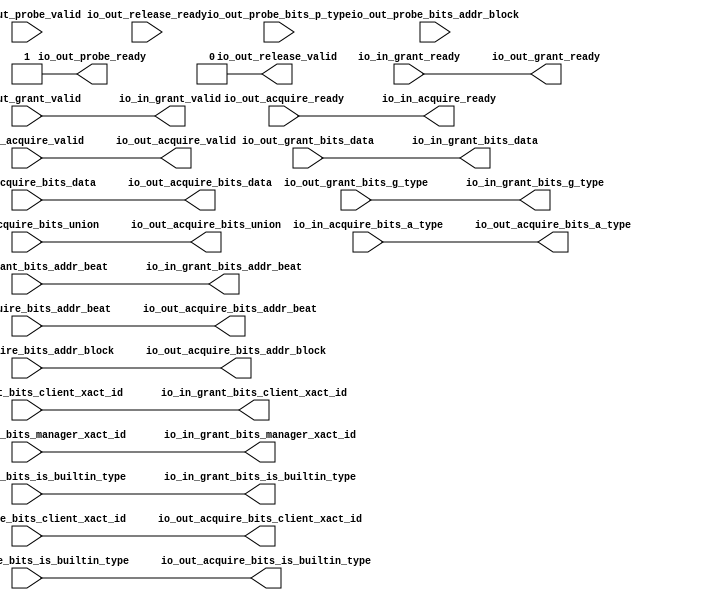
// This program was cloned from: https://github.com/NYU-MLDA/OpenABC
// License: BSD 3-Clause "New" or "Revised" License

module ClientTileLinkIOWrapper_0
(
  io_in_acquire_ready,
  io_in_acquire_valid,
  io_in_acquire_bits_addr_block,
  io_in_acquire_bits_client_xact_id,
  io_in_acquire_bits_addr_beat,
  io_in_acquire_bits_is_builtin_type,
  io_in_acquire_bits_a_type,
  io_in_acquire_bits_union,
  io_in_acquire_bits_data,
  io_in_grant_ready,
  io_in_grant_valid,
  io_in_grant_bits_addr_beat,
  io_in_grant_bits_client_xact_id,
  io_in_grant_bits_manager_xact_id,
  io_in_grant_bits_is_builtin_type,
  io_in_grant_bits_g_type,
  io_in_grant_bits_data,
  io_out_acquire_ready,
  io_out_acquire_valid,
  io_out_acquire_bits_addr_block,
  io_out_acquire_bits_client_xact_id,
  io_out_acquire_bits_addr_beat,
  io_out_acquire_bits_is_builtin_type,
  io_out_acquire_bits_a_type,
  io_out_acquire_bits_union,
  io_out_acquire_bits_data,
  io_out_grant_ready,
  io_out_grant_valid,
  io_out_grant_bits_addr_beat,
  io_out_grant_bits_client_xact_id,
  io_out_grant_bits_manager_xact_id,
  io_out_grant_bits_is_builtin_type,
  io_out_grant_bits_g_type,
  io_out_grant_bits_data,
  io_out_probe_ready,
  io_out_probe_valid,
  io_out_probe_bits_addr_block,
  io_out_probe_bits_p_type,
  io_out_release_ready,
  io_out_release_valid
);

  input [25:0] io_in_acquire_bits_addr_block;
  input [5:0] io_in_acquire_bits_client_xact_id;
  input [1:0] io_in_acquire_bits_addr_beat;
  input [2:0] io_in_acquire_bits_a_type;
  input [16:0] io_in_acquire_bits_union;
  input [127:0] io_in_acquire_bits_data;
  output [1:0] io_in_grant_bits_addr_beat;
  output [5:0] io_in_grant_bits_client_xact_id;
  output [3:0] io_in_grant_bits_manager_xact_id;
  output [3:0] io_in_grant_bits_g_type;
  output [127:0] io_in_grant_bits_data;
  output [25:0] io_out_acquire_bits_addr_block;
  output [5:0] io_out_acquire_bits_client_xact_id;
  output [1:0] io_out_acquire_bits_addr_beat;
  output [2:0] io_out_acquire_bits_a_type;
  output [16:0] io_out_acquire_bits_union;
  output [127:0] io_out_acquire_bits_data;
  input [1:0] io_out_grant_bits_addr_beat;
  input [5:0] io_out_grant_bits_client_xact_id;
  input [3:0] io_out_grant_bits_manager_xact_id;
  input [3:0] io_out_grant_bits_g_type;
  input [127:0] io_out_grant_bits_data;
  input [25:0] io_out_probe_bits_addr_block;
  input [1:0] io_out_probe_bits_p_type;
  input io_in_acquire_valid;
  input io_in_acquire_bits_is_builtin_type;
  input io_in_grant_ready;
  input io_out_acquire_ready;
  input io_out_grant_valid;
  input io_out_grant_bits_is_builtin_type;
  input io_out_probe_valid;
  input io_out_release_ready;
  output io_in_acquire_ready;
  output io_in_grant_valid;
  output io_in_grant_bits_is_builtin_type;
  output io_out_acquire_valid;
  output io_out_acquire_bits_is_builtin_type;
  output io_out_grant_ready;
  output io_out_probe_ready;
  output io_out_release_valid;
  wire [1:0] io_in_grant_bits_addr_beat,io_out_acquire_bits_addr_beat;
  wire [5:0] io_in_grant_bits_client_xact_id,io_out_acquire_bits_client_xact_id;
  wire [3:0] io_in_grant_bits_manager_xact_id,io_in_grant_bits_g_type;
  wire [127:0] io_in_grant_bits_data,io_out_acquire_bits_data;
  wire [25:0] io_out_acquire_bits_addr_block;
  wire [2:0] io_out_acquire_bits_a_type;
  wire [16:0] io_out_acquire_bits_union;
  wire io_in_acquire_ready,io_in_grant_valid,io_in_grant_bits_is_builtin_type,
  io_out_acquire_valid,io_out_acquire_bits_is_builtin_type,io_out_grant_ready,
  io_out_probe_ready,io_out_release_valid,io_out_acquire_ready,io_out_grant_valid,
  io_out_grant_bits_is_builtin_type,io_in_acquire_valid,io_in_acquire_bits_is_builtin_type,
  io_in_grant_ready;
  assign io_out_probe_ready = 1'b1;
  assign io_out_release_valid = 1'b0;
  assign io_in_acquire_ready = io_out_acquire_ready;
  assign io_in_grant_valid = io_out_grant_valid;
  assign io_in_grant_bits_addr_beat[1] = io_out_grant_bits_addr_beat[1];
  assign io_in_grant_bits_addr_beat[0] = io_out_grant_bits_addr_beat[0];
  assign io_in_grant_bits_client_xact_id[5] = io_out_grant_bits_client_xact_id[5];
  assign io_in_grant_bits_client_xact_id[4] = io_out_grant_bits_client_xact_id[4];
  assign io_in_grant_bits_client_xact_id[3] = io_out_grant_bits_client_xact_id[3];
  assign io_in_grant_bits_client_xact_id[2] = io_out_grant_bits_client_xact_id[2];
  assign io_in_grant_bits_client_xact_id[1] = io_out_grant_bits_client_xact_id[1];
  assign io_in_grant_bits_client_xact_id[0] = io_out_grant_bits_client_xact_id[0];
  assign io_in_grant_bits_manager_xact_id[3] = io_out_grant_bits_manager_xact_id[3];
  assign io_in_grant_bits_manager_xact_id[2] = io_out_grant_bits_manager_xact_id[2];
  assign io_in_grant_bits_manager_xact_id[1] = io_out_grant_bits_manager_xact_id[1];
  assign io_in_grant_bits_manager_xact_id[0] = io_out_grant_bits_manager_xact_id[0];
  assign io_in_grant_bits_is_builtin_type = io_out_grant_bits_is_builtin_type;
  assign io_in_grant_bits_g_type[3] = io_out_grant_bits_g_type[3];
  assign io_in_grant_bits_g_type[2] = io_out_grant_bits_g_type[2];
  assign io_in_grant_bits_g_type[1] = io_out_grant_bits_g_type[1];
  assign io_in_grant_bits_g_type[0] = io_out_grant_bits_g_type[0];
  assign io_in_grant_bits_data[127] = io_out_grant_bits_data[127];
  assign io_in_grant_bits_data[126] = io_out_grant_bits_data[126];
  assign io_in_grant_bits_data[125] = io_out_grant_bits_data[125];
  assign io_in_grant_bits_data[124] = io_out_grant_bits_data[124];
  assign io_in_grant_bits_data[123] = io_out_grant_bits_data[123];
  assign io_in_grant_bits_data[122] = io_out_grant_bits_data[122];
  assign io_in_grant_bits_data[121] = io_out_grant_bits_data[121];
  assign io_in_grant_bits_data[120] = io_out_grant_bits_data[120];
  assign io_in_grant_bits_data[119] = io_out_grant_bits_data[119];
  assign io_in_grant_bits_data[118] = io_out_grant_bits_data[118];
  assign io_in_grant_bits_data[117] = io_out_grant_bits_data[117];
  assign io_in_grant_bits_data[116] = io_out_grant_bits_data[116];
  assign io_in_grant_bits_data[115] = io_out_grant_bits_data[115];
  assign io_in_grant_bits_data[114] = io_out_grant_bits_data[114];
  assign io_in_grant_bits_data[113] = io_out_grant_bits_data[113];
  assign io_in_grant_bits_data[112] = io_out_grant_bits_data[112];
  assign io_in_grant_bits_data[111] = io_out_grant_bits_data[111];
  assign io_in_grant_bits_data[110] = io_out_grant_bits_data[110];
  assign io_in_grant_bits_data[109] = io_out_grant_bits_data[109];
  assign io_in_grant_bits_data[108] = io_out_grant_bits_data[108];
  assign io_in_grant_bits_data[107] = io_out_grant_bits_data[107];
  assign io_in_grant_bits_data[106] = io_out_grant_bits_data[106];
  assign io_in_grant_bits_data[105] = io_out_grant_bits_data[105];
  assign io_in_grant_bits_data[104] = io_out_grant_bits_data[104];
  assign io_in_grant_bits_data[103] = io_out_grant_bits_data[103];
  assign io_in_grant_bits_data[102] = io_out_grant_bits_data[102];
  assign io_in_grant_bits_data[101] = io_out_grant_bits_data[101];
  assign io_in_grant_bits_data[100] = io_out_grant_bits_data[100];
  assign io_in_grant_bits_data[99] = io_out_grant_bits_data[99];
  assign io_in_grant_bits_data[98] = io_out_grant_bits_data[98];
  assign io_in_grant_bits_data[97] = io_out_grant_bits_data[97];
  assign io_in_grant_bits_data[96] = io_out_grant_bits_data[96];
  assign io_in_grant_bits_data[95] = io_out_grant_bits_data[95];
  assign io_in_grant_bits_data[94] = io_out_grant_bits_data[94];
  assign io_in_grant_bits_data[93] = io_out_grant_bits_data[93];
  assign io_in_grant_bits_data[92] = io_out_grant_bits_data[92];
  assign io_in_grant_bits_data[91] = io_out_grant_bits_data[91];
  assign io_in_grant_bits_data[90] = io_out_grant_bits_data[90];
  assign io_in_grant_bits_data[89] = io_out_grant_bits_data[89];
  assign io_in_grant_bits_data[88] = io_out_grant_bits_data[88];
  assign io_in_grant_bits_data[87] = io_out_grant_bits_data[87];
  assign io_in_grant_bits_data[86] = io_out_grant_bits_data[86];
  assign io_in_grant_bits_data[85] = io_out_grant_bits_data[85];
  assign io_in_grant_bits_data[84] = io_out_grant_bits_data[84];
  assign io_in_grant_bits_data[83] = io_out_grant_bits_data[83];
  assign io_in_grant_bits_data[82] = io_out_grant_bits_data[82];
  assign io_in_grant_bits_data[81] = io_out_grant_bits_data[81];
  assign io_in_grant_bits_data[80] = io_out_grant_bits_data[80];
  assign io_in_grant_bits_data[79] = io_out_grant_bits_data[79];
  assign io_in_grant_bits_data[78] = io_out_grant_bits_data[78];
  assign io_in_grant_bits_data[77] = io_out_grant_bits_data[77];
  assign io_in_grant_bits_data[76] = io_out_grant_bits_data[76];
  assign io_in_grant_bits_data[75] = io_out_grant_bits_data[75];
  assign io_in_grant_bits_data[74] = io_out_grant_bits_data[74];
  assign io_in_grant_bits_data[73] = io_out_grant_bits_data[73];
  assign io_in_grant_bits_data[72] = io_out_grant_bits_data[72];
  assign io_in_grant_bits_data[71] = io_out_grant_bits_data[71];
  assign io_in_grant_bits_data[70] = io_out_grant_bits_data[70];
  assign io_in_grant_bits_data[69] = io_out_grant_bits_data[69];
  assign io_in_grant_bits_data[68] = io_out_grant_bits_data[68];
  assign io_in_grant_bits_data[67] = io_out_grant_bits_data[67];
  assign io_in_grant_bits_data[66] = io_out_grant_bits_data[66];
  assign io_in_grant_bits_data[65] = io_out_grant_bits_data[65];
  assign io_in_grant_bits_data[64] = io_out_grant_bits_data[64];
  assign io_in_grant_bits_data[63] = io_out_grant_bits_data[63];
  assign io_in_grant_bits_data[62] = io_out_grant_bits_data[62];
  assign io_in_grant_bits_data[61] = io_out_grant_bits_data[61];
  assign io_in_grant_bits_data[60] = io_out_grant_bits_data[60];
  assign io_in_grant_bits_data[59] = io_out_grant_bits_data[59];
  assign io_in_grant_bits_data[58] = io_out_grant_bits_data[58];
  assign io_in_grant_bits_data[57] = io_out_grant_bits_data[57];
  assign io_in_grant_bits_data[56] = io_out_grant_bits_data[56];
  assign io_in_grant_bits_data[55] = io_out_grant_bits_data[55];
  assign io_in_grant_bits_data[54] = io_out_grant_bits_data[54];
  assign io_in_grant_bits_data[53] = io_out_grant_bits_data[53];
  assign io_in_grant_bits_data[52] = io_out_grant_bits_data[52];
  assign io_in_grant_bits_data[51] = io_out_grant_bits_data[51];
  assign io_in_grant_bits_data[50] = io_out_grant_bits_data[50];
  assign io_in_grant_bits_data[49] = io_out_grant_bits_data[49];
  assign io_in_grant_bits_data[48] = io_out_grant_bits_data[48];
  assign io_in_grant_bits_data[47] = io_out_grant_bits_data[47];
  assign io_in_grant_bits_data[46] = io_out_grant_bits_data[46];
  assign io_in_grant_bits_data[45] = io_out_grant_bits_data[45];
  assign io_in_grant_bits_data[44] = io_out_grant_bits_data[44];
  assign io_in_grant_bits_data[43] = io_out_grant_bits_data[43];
  assign io_in_grant_bits_data[42] = io_out_grant_bits_data[42];
  assign io_in_grant_bits_data[41] = io_out_grant_bits_data[41];
  assign io_in_grant_bits_data[40] = io_out_grant_bits_data[40];
  assign io_in_grant_bits_data[39] = io_out_grant_bits_data[39];
  assign io_in_grant_bits_data[38] = io_out_grant_bits_data[38];
  assign io_in_grant_bits_data[37] = io_out_grant_bits_data[37];
  assign io_in_grant_bits_data[36] = io_out_grant_bits_data[36];
  assign io_in_grant_bits_data[35] = io_out_grant_bits_data[35];
  assign io_in_grant_bits_data[34] = io_out_grant_bits_data[34];
  assign io_in_grant_bits_data[33] = io_out_grant_bits_data[33];
  assign io_in_grant_bits_data[32] = io_out_grant_bits_data[32];
  assign io_in_grant_bits_data[31] = io_out_grant_bits_data[31];
  assign io_in_grant_bits_data[30] = io_out_grant_bits_data[30];
  assign io_in_grant_bits_data[29] = io_out_grant_bits_data[29];
  assign io_in_grant_bits_data[28] = io_out_grant_bits_data[28];
  assign io_in_grant_bits_data[27] = io_out_grant_bits_data[27];
  assign io_in_grant_bits_data[26] = io_out_grant_bits_data[26];
  assign io_in_grant_bits_data[25] = io_out_grant_bits_data[25];
  assign io_in_grant_bits_data[24] = io_out_grant_bits_data[24];
  assign io_in_grant_bits_data[23] = io_out_grant_bits_data[23];
  assign io_in_grant_bits_data[22] = io_out_grant_bits_data[22];
  assign io_in_grant_bits_data[21] = io_out_grant_bits_data[21];
  assign io_in_grant_bits_data[20] = io_out_grant_bits_data[20];
  assign io_in_grant_bits_data[19] = io_out_grant_bits_data[19];
  assign io_in_grant_bits_data[18] = io_out_grant_bits_data[18];
  assign io_in_grant_bits_data[17] = io_out_grant_bits_data[17];
  assign io_in_grant_bits_data[16] = io_out_grant_bits_data[16];
  assign io_in_grant_bits_data[15] = io_out_grant_bits_data[15];
  assign io_in_grant_bits_data[14] = io_out_grant_bits_data[14];
  assign io_in_grant_bits_data[13] = io_out_grant_bits_data[13];
  assign io_in_grant_bits_data[12] = io_out_grant_bits_data[12];
  assign io_in_grant_bits_data[11] = io_out_grant_bits_data[11];
  assign io_in_grant_bits_data[10] = io_out_grant_bits_data[10];
  assign io_in_grant_bits_data[9] = io_out_grant_bits_data[9];
  assign io_in_grant_bits_data[8] = io_out_grant_bits_data[8];
  assign io_in_grant_bits_data[7] = io_out_grant_bits_data[7];
  assign io_in_grant_bits_data[6] = io_out_grant_bits_data[6];
  assign io_in_grant_bits_data[5] = io_out_grant_bits_data[5];
  assign io_in_grant_bits_data[4] = io_out_grant_bits_data[4];
  assign io_in_grant_bits_data[3] = io_out_grant_bits_data[3];
  assign io_in_grant_bits_data[2] = io_out_grant_bits_data[2];
  assign io_in_grant_bits_data[1] = io_out_grant_bits_data[1];
  assign io_in_grant_bits_data[0] = io_out_grant_bits_data[0];
  assign io_out_acquire_valid = io_in_acquire_valid;
  assign io_out_acquire_bits_addr_block[25] = io_in_acquire_bits_addr_block[25];
  assign io_out_acquire_bits_addr_block[24] = io_in_acquire_bits_addr_block[24];
  assign io_out_acquire_bits_addr_block[23] = io_in_acquire_bits_addr_block[23];
  assign io_out_acquire_bits_addr_block[22] = io_in_acquire_bits_addr_block[22];
  assign io_out_acquire_bits_addr_block[21] = io_in_acquire_bits_addr_block[21];
  assign io_out_acquire_bits_addr_block[20] = io_in_acquire_bits_addr_block[20];
  assign io_out_acquire_bits_addr_block[19] = io_in_acquire_bits_addr_block[19];
  assign io_out_acquire_bits_addr_block[18] = io_in_acquire_bits_addr_block[18];
  assign io_out_acquire_bits_addr_block[17] = io_in_acquire_bits_addr_block[17];
  assign io_out_acquire_bits_addr_block[16] = io_in_acquire_bits_addr_block[16];
  assign io_out_acquire_bits_addr_block[15] = io_in_acquire_bits_addr_block[15];
  assign io_out_acquire_bits_addr_block[14] = io_in_acquire_bits_addr_block[14];
  assign io_out_acquire_bits_addr_block[13] = io_in_acquire_bits_addr_block[13];
  assign io_out_acquire_bits_addr_block[12] = io_in_acquire_bits_addr_block[12];
  assign io_out_acquire_bits_addr_block[11] = io_in_acquire_bits_addr_block[11];
  assign io_out_acquire_bits_addr_block[10] = io_in_acquire_bits_addr_block[10];
  assign io_out_acquire_bits_addr_block[9] = io_in_acquire_bits_addr_block[9];
  assign io_out_acquire_bits_addr_block[8] = io_in_acquire_bits_addr_block[8];
  assign io_out_acquire_bits_addr_block[7] = io_in_acquire_bits_addr_block[7];
  assign io_out_acquire_bits_addr_block[6] = io_in_acquire_bits_addr_block[6];
  assign io_out_acquire_bits_addr_block[5] = io_in_acquire_bits_addr_block[5];
  assign io_out_acquire_bits_addr_block[4] = io_in_acquire_bits_addr_block[4];
  assign io_out_acquire_bits_addr_block[3] = io_in_acquire_bits_addr_block[3];
  assign io_out_acquire_bits_addr_block[2] = io_in_acquire_bits_addr_block[2];
  assign io_out_acquire_bits_addr_block[1] = io_in_acquire_bits_addr_block[1];
  assign io_out_acquire_bits_addr_block[0] = io_in_acquire_bits_addr_block[0];
  assign io_out_acquire_bits_client_xact_id[5] = io_in_acquire_bits_client_xact_id[5];
  assign io_out_acquire_bits_client_xact_id[4] = io_in_acquire_bits_client_xact_id[4];
  assign io_out_acquire_bits_client_xact_id[3] = io_in_acquire_bits_client_xact_id[3];
  assign io_out_acquire_bits_client_xact_id[2] = io_in_acquire_bits_client_xact_id[2];
  assign io_out_acquire_bits_client_xact_id[1] = io_in_acquire_bits_client_xact_id[1];
  assign io_out_acquire_bits_client_xact_id[0] = io_in_acquire_bits_client_xact_id[0];
  assign io_out_acquire_bits_addr_beat[1] = io_in_acquire_bits_addr_beat[1];
  assign io_out_acquire_bits_addr_beat[0] = io_in_acquire_bits_addr_beat[0];
  assign io_out_acquire_bits_is_builtin_type = io_in_acquire_bits_is_builtin_type;
  assign io_out_acquire_bits_a_type[2] = io_in_acquire_bits_a_type[2];
  assign io_out_acquire_bits_a_type[1] = io_in_acquire_bits_a_type[1];
  assign io_out_acquire_bits_a_type[0] = io_in_acquire_bits_a_type[0];
  assign io_out_acquire_bits_union[16] = io_in_acquire_bits_union[16];
  assign io_out_acquire_bits_union[15] = io_in_acquire_bits_union[15];
  assign io_out_acquire_bits_union[14] = io_in_acquire_bits_union[14];
  assign io_out_acquire_bits_union[13] = io_in_acquire_bits_union[13];
  assign io_out_acquire_bits_union[12] = io_in_acquire_bits_union[12];
  assign io_out_acquire_bits_union[11] = io_in_acquire_bits_union[11];
  assign io_out_acquire_bits_union[10] = io_in_acquire_bits_union[10];
  assign io_out_acquire_bits_union[9] = io_in_acquire_bits_union[9];
  assign io_out_acquire_bits_union[8] = io_in_acquire_bits_union[8];
  assign io_out_acquire_bits_union[7] = io_in_acquire_bits_union[7];
  assign io_out_acquire_bits_union[6] = io_in_acquire_bits_union[6];
  assign io_out_acquire_bits_union[5] = io_in_acquire_bits_union[5];
  assign io_out_acquire_bits_union[4] = io_in_acquire_bits_union[4];
  assign io_out_acquire_bits_union[3] = io_in_acquire_bits_union[3];
  assign io_out_acquire_bits_union[2] = io_in_acquire_bits_union[2];
  assign io_out_acquire_bits_union[1] = io_in_acquire_bits_union[1];
  assign io_out_acquire_bits_union[0] = io_in_acquire_bits_union[0];
  assign io_out_acquire_bits_data[127] = io_in_acquire_bits_data[127];
  assign io_out_acquire_bits_data[126] = io_in_acquire_bits_data[126];
  assign io_out_acquire_bits_data[125] = io_in_acquire_bits_data[125];
  assign io_out_acquire_bits_data[124] = io_in_acquire_bits_data[124];
  assign io_out_acquire_bits_data[123] = io_in_acquire_bits_data[123];
  assign io_out_acquire_bits_data[122] = io_in_acquire_bits_data[122];
  assign io_out_acquire_bits_data[121] = io_in_acquire_bits_data[121];
  assign io_out_acquire_bits_data[120] = io_in_acquire_bits_data[120];
  assign io_out_acquire_bits_data[119] = io_in_acquire_bits_data[119];
  assign io_out_acquire_bits_data[118] = io_in_acquire_bits_data[118];
  assign io_out_acquire_bits_data[117] = io_in_acquire_bits_data[117];
  assign io_out_acquire_bits_data[116] = io_in_acquire_bits_data[116];
  assign io_out_acquire_bits_data[115] = io_in_acquire_bits_data[115];
  assign io_out_acquire_bits_data[114] = io_in_acquire_bits_data[114];
  assign io_out_acquire_bits_data[113] = io_in_acquire_bits_data[113];
  assign io_out_acquire_bits_data[112] = io_in_acquire_bits_data[112];
  assign io_out_acquire_bits_data[111] = io_in_acquire_bits_data[111];
  assign io_out_acquire_bits_data[110] = io_in_acquire_bits_data[110];
  assign io_out_acquire_bits_data[109] = io_in_acquire_bits_data[109];
  assign io_out_acquire_bits_data[108] = io_in_acquire_bits_data[108];
  assign io_out_acquire_bits_data[107] = io_in_acquire_bits_data[107];
  assign io_out_acquire_bits_data[106] = io_in_acquire_bits_data[106];
  assign io_out_acquire_bits_data[105] = io_in_acquire_bits_data[105];
  assign io_out_acquire_bits_data[104] = io_in_acquire_bits_data[104];
  assign io_out_acquire_bits_data[103] = io_in_acquire_bits_data[103];
  assign io_out_acquire_bits_data[102] = io_in_acquire_bits_data[102];
  assign io_out_acquire_bits_data[101] = io_in_acquire_bits_data[101];
  assign io_out_acquire_bits_data[100] = io_in_acquire_bits_data[100];
  assign io_out_acquire_bits_data[99] = io_in_acquire_bits_data[99];
  assign io_out_acquire_bits_data[98] = io_in_acquire_bits_data[98];
  assign io_out_acquire_bits_data[97] = io_in_acquire_bits_data[97];
  assign io_out_acquire_bits_data[96] = io_in_acquire_bits_data[96];
  assign io_out_acquire_bits_data[95] = io_in_acquire_bits_data[95];
  assign io_out_acquire_bits_data[94] = io_in_acquire_bits_data[94];
  assign io_out_acquire_bits_data[93] = io_in_acquire_bits_data[93];
  assign io_out_acquire_bits_data[92] = io_in_acquire_bits_data[92];
  assign io_out_acquire_bits_data[91] = io_in_acquire_bits_data[91];
  assign io_out_acquire_bits_data[90] = io_in_acquire_bits_data[90];
  assign io_out_acquire_bits_data[89] = io_in_acquire_bits_data[89];
  assign io_out_acquire_bits_data[88] = io_in_acquire_bits_data[88];
  assign io_out_acquire_bits_data[87] = io_in_acquire_bits_data[87];
  assign io_out_acquire_bits_data[86] = io_in_acquire_bits_data[86];
  assign io_out_acquire_bits_data[85] = io_in_acquire_bits_data[85];
  assign io_out_acquire_bits_data[84] = io_in_acquire_bits_data[84];
  assign io_out_acquire_bits_data[83] = io_in_acquire_bits_data[83];
  assign io_out_acquire_bits_data[82] = io_in_acquire_bits_data[82];
  assign io_out_acquire_bits_data[81] = io_in_acquire_bits_data[81];
  assign io_out_acquire_bits_data[80] = io_in_acquire_bits_data[80];
  assign io_out_acquire_bits_data[79] = io_in_acquire_bits_data[79];
  assign io_out_acquire_bits_data[78] = io_in_acquire_bits_data[78];
  assign io_out_acquire_bits_data[77] = io_in_acquire_bits_data[77];
  assign io_out_acquire_bits_data[76] = io_in_acquire_bits_data[76];
  assign io_out_acquire_bits_data[75] = io_in_acquire_bits_data[75];
  assign io_out_acquire_bits_data[74] = io_in_acquire_bits_data[74];
  assign io_out_acquire_bits_data[73] = io_in_acquire_bits_data[73];
  assign io_out_acquire_bits_data[72] = io_in_acquire_bits_data[72];
  assign io_out_acquire_bits_data[71] = io_in_acquire_bits_data[71];
  assign io_out_acquire_bits_data[70] = io_in_acquire_bits_data[70];
  assign io_out_acquire_bits_data[69] = io_in_acquire_bits_data[69];
  assign io_out_acquire_bits_data[68] = io_in_acquire_bits_data[68];
  assign io_out_acquire_bits_data[67] = io_in_acquire_bits_data[67];
  assign io_out_acquire_bits_data[66] = io_in_acquire_bits_data[66];
  assign io_out_acquire_bits_data[65] = io_in_acquire_bits_data[65];
  assign io_out_acquire_bits_data[64] = io_in_acquire_bits_data[64];
  assign io_out_acquire_bits_data[63] = io_in_acquire_bits_data[63];
  assign io_out_acquire_bits_data[62] = io_in_acquire_bits_data[62];
  assign io_out_acquire_bits_data[61] = io_in_acquire_bits_data[61];
  assign io_out_acquire_bits_data[60] = io_in_acquire_bits_data[60];
  assign io_out_acquire_bits_data[59] = io_in_acquire_bits_data[59];
  assign io_out_acquire_bits_data[58] = io_in_acquire_bits_data[58];
  assign io_out_acquire_bits_data[57] = io_in_acquire_bits_data[57];
  assign io_out_acquire_bits_data[56] = io_in_acquire_bits_data[56];
  assign io_out_acquire_bits_data[55] = io_in_acquire_bits_data[55];
  assign io_out_acquire_bits_data[54] = io_in_acquire_bits_data[54];
  assign io_out_acquire_bits_data[53] = io_in_acquire_bits_data[53];
  assign io_out_acquire_bits_data[52] = io_in_acquire_bits_data[52];
  assign io_out_acquire_bits_data[51] = io_in_acquire_bits_data[51];
  assign io_out_acquire_bits_data[50] = io_in_acquire_bits_data[50];
  assign io_out_acquire_bits_data[49] = io_in_acquire_bits_data[49];
  assign io_out_acquire_bits_data[48] = io_in_acquire_bits_data[48];
  assign io_out_acquire_bits_data[47] = io_in_acquire_bits_data[47];
  assign io_out_acquire_bits_data[46] = io_in_acquire_bits_data[46];
  assign io_out_acquire_bits_data[45] = io_in_acquire_bits_data[45];
  assign io_out_acquire_bits_data[44] = io_in_acquire_bits_data[44];
  assign io_out_acquire_bits_data[43] = io_in_acquire_bits_data[43];
  assign io_out_acquire_bits_data[42] = io_in_acquire_bits_data[42];
  assign io_out_acquire_bits_data[41] = io_in_acquire_bits_data[41];
  assign io_out_acquire_bits_data[40] = io_in_acquire_bits_data[40];
  assign io_out_acquire_bits_data[39] = io_in_acquire_bits_data[39];
  assign io_out_acquire_bits_data[38] = io_in_acquire_bits_data[38];
  assign io_out_acquire_bits_data[37] = io_in_acquire_bits_data[37];
  assign io_out_acquire_bits_data[36] = io_in_acquire_bits_data[36];
  assign io_out_acquire_bits_data[35] = io_in_acquire_bits_data[35];
  assign io_out_acquire_bits_data[34] = io_in_acquire_bits_data[34];
  assign io_out_acquire_bits_data[33] = io_in_acquire_bits_data[33];
  assign io_out_acquire_bits_data[32] = io_in_acquire_bits_data[32];
  assign io_out_acquire_bits_data[31] = io_in_acquire_bits_data[31];
  assign io_out_acquire_bits_data[30] = io_in_acquire_bits_data[30];
  assign io_out_acquire_bits_data[29] = io_in_acquire_bits_data[29];
  assign io_out_acquire_bits_data[28] = io_in_acquire_bits_data[28];
  assign io_out_acquire_bits_data[27] = io_in_acquire_bits_data[27];
  assign io_out_acquire_bits_data[26] = io_in_acquire_bits_data[26];
  assign io_out_acquire_bits_data[25] = io_in_acquire_bits_data[25];
  assign io_out_acquire_bits_data[24] = io_in_acquire_bits_data[24];
  assign io_out_acquire_bits_data[23] = io_in_acquire_bits_data[23];
  assign io_out_acquire_bits_data[22] = io_in_acquire_bits_data[22];
  assign io_out_acquire_bits_data[21] = io_in_acquire_bits_data[21];
  assign io_out_acquire_bits_data[20] = io_in_acquire_bits_data[20];
  assign io_out_acquire_bits_data[19] = io_in_acquire_bits_data[19];
  assign io_out_acquire_bits_data[18] = io_in_acquire_bits_data[18];
  assign io_out_acquire_bits_data[17] = io_in_acquire_bits_data[17];
  assign io_out_acquire_bits_data[16] = io_in_acquire_bits_data[16];
  assign io_out_acquire_bits_data[15] = io_in_acquire_bits_data[15];
  assign io_out_acquire_bits_data[14] = io_in_acquire_bits_data[14];
  assign io_out_acquire_bits_data[13] = io_in_acquire_bits_data[13];
  assign io_out_acquire_bits_data[12] = io_in_acquire_bits_data[12];
  assign io_out_acquire_bits_data[11] = io_in_acquire_bits_data[11];
  assign io_out_acquire_bits_data[10] = io_in_acquire_bits_data[10];
  assign io_out_acquire_bits_data[9] = io_in_acquire_bits_data[9];
  assign io_out_acquire_bits_data[8] = io_in_acquire_bits_data[8];
  assign io_out_acquire_bits_data[7] = io_in_acquire_bits_data[7];
  assign io_out_acquire_bits_data[6] = io_in_acquire_bits_data[6];
  assign io_out_acquire_bits_data[5] = io_in_acquire_bits_data[5];
  assign io_out_acquire_bits_data[4] = io_in_acquire_bits_data[4];
  assign io_out_acquire_bits_data[3] = io_in_acquire_bits_data[3];
  assign io_out_acquire_bits_data[2] = io_in_acquire_bits_data[2];
  assign io_out_acquire_bits_data[1] = io_in_acquire_bits_data[1];
  assign io_out_acquire_bits_data[0] = io_in_acquire_bits_data[0];
  assign io_out_grant_ready = io_in_grant_ready;

endmodule